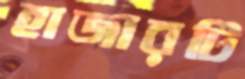
হাজারটি